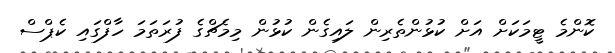
ކޮންމެ ޓީމަކަށް އަށް ކުޅުންތެރިން ލައިގެން ކުޅުން މިމެޗްގެ ފުރަތަމަ ހާފްގައި ކެޕްސް